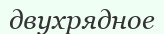
двухрядное